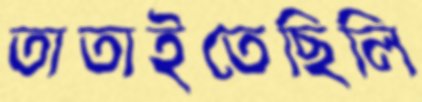
তাতাইতেছিলি